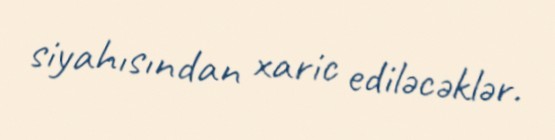
siyahısından xaric ediləcəklər.